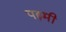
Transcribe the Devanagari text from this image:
पद्दमी